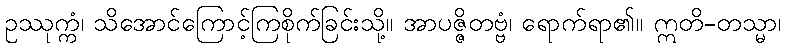
ဥဿုက္ကံ၊ သိအောင်ကြောင့်ကြစိုက်ခြင်းသို့။ အာပဇ္ဇိတဗ္ဗံ၊ ရောက်ရာ၏။ ဣတိ-တသ္မာ၊